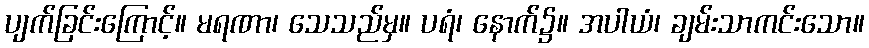
ပျက်ခြင်းကြောင့်။ မရဏာ၊ သေသည်မှ။ ပရံ၊ နောက်၌။ အပါယံ၊ ချမ်းသာကင်းသော။